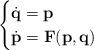
LaTeX: \begin{align*}\begin{cases}\dot{\mathbf{q}}=\mathbf{p} \\\dot{\mathbf{p}}=\mathbf{F}(\mathbf{p},\mathbf{q})\end{cases}\end{align*}